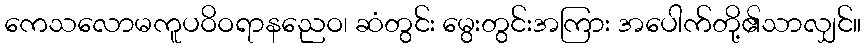
ကေသလောမကူပဝိဝရာနညေဝ၊ ဆံတွင်း မွေးတွင်းအကြား အပေါက်တို့၏သာလျှင်။